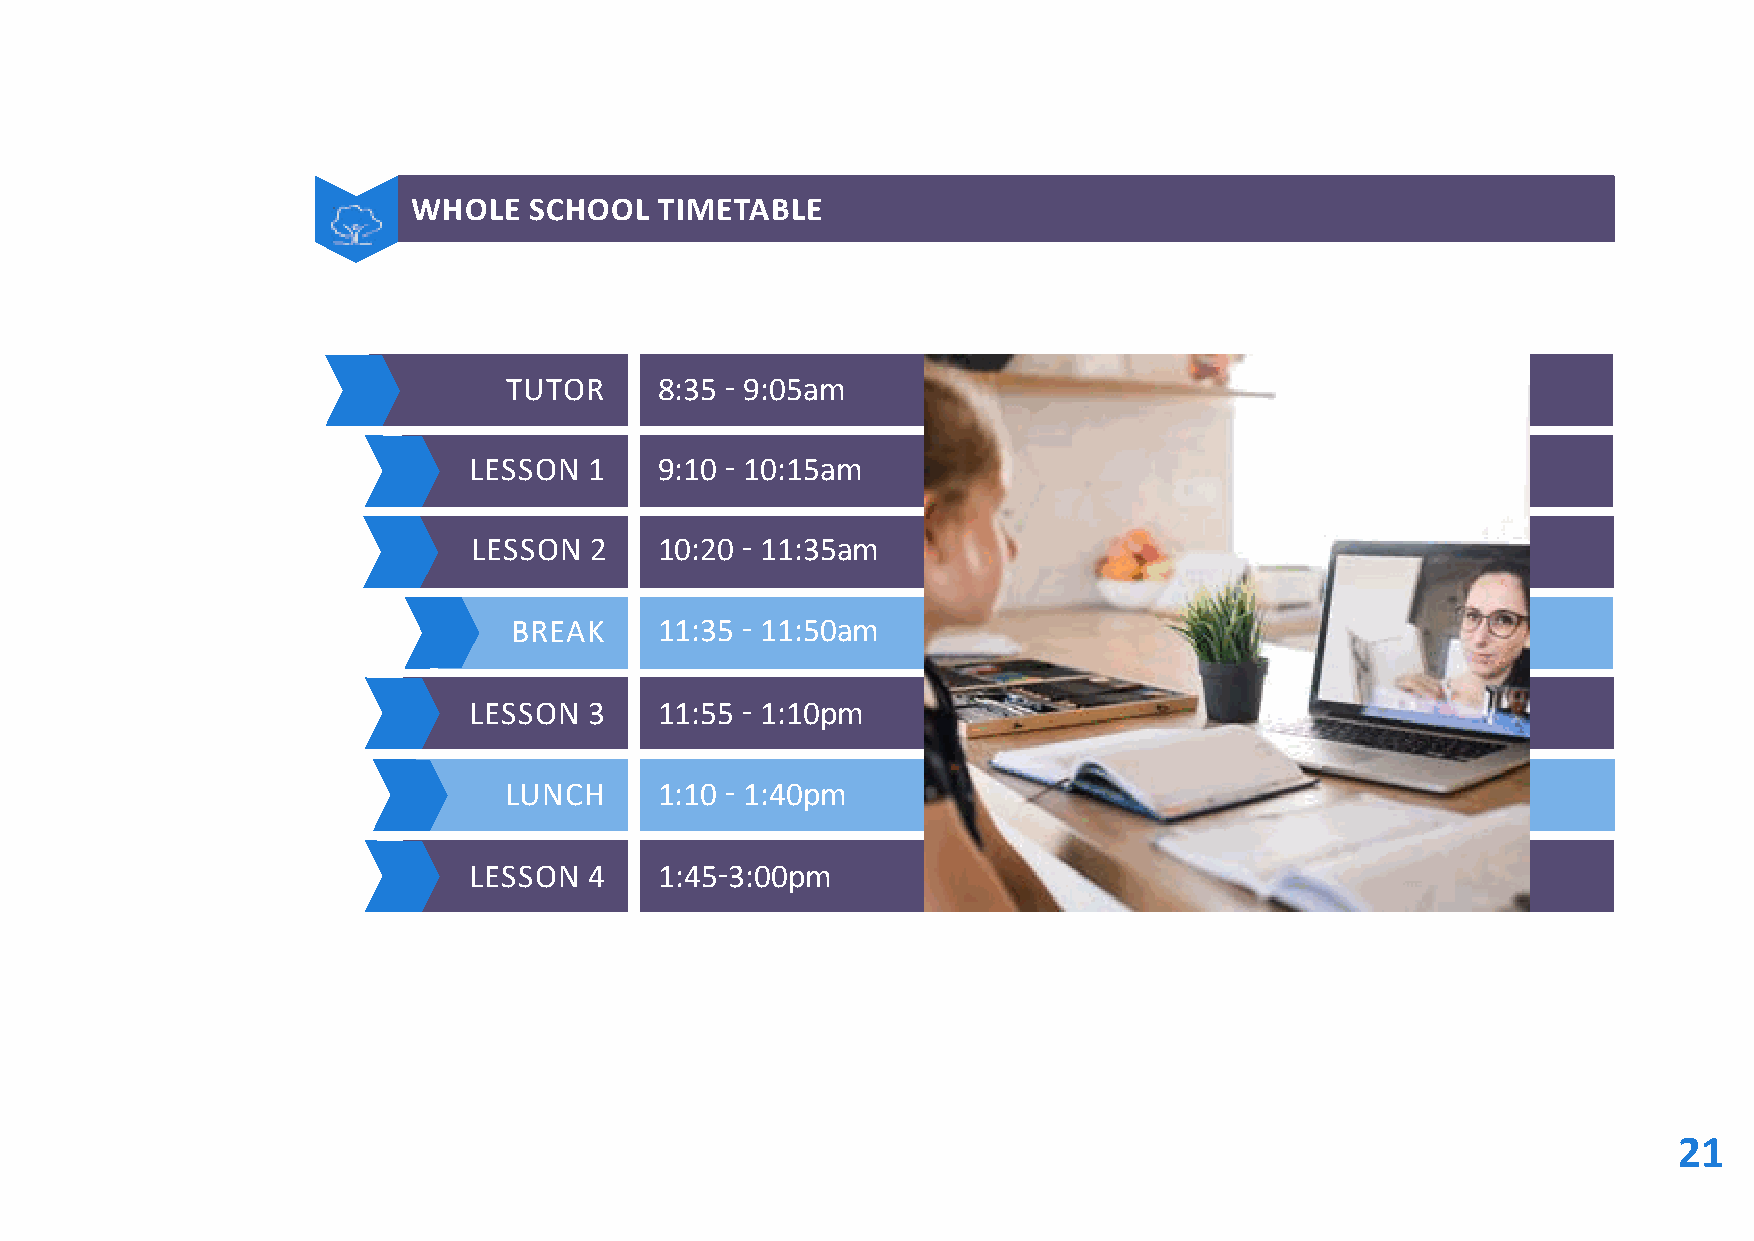
WHOLE   SCHOOL   TIMETABLE
 TUTOR     8:35 - 9:05am
 LESSON  1    9:10 - 10:15am
 LESSON  2    10:20 - 11:35am
 BREAK     11:35 - 11:50am
 LESSON  3    11:55 - 1:10pm
 LUNCH      1:10 - 1:40pm
 LESSON  4    1:45-3:00pm
 21